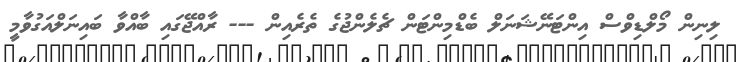
ލިނިން މޯލްޑިވްސް އިންޓަނޭޝަނަލް ބެޑްމިންޓަން ޗެލެންޖުގެ ތެރެއިން --- ރާއްޖޭގައި ބާއްވާ ބައިނަލްއަގުވާމީ